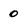
Character: 0